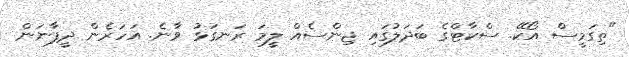
"ތިގަމީސް އޯކޭ. ސްކާޓްގެ ބަދަލުގައި ޖިންސެއް ލީމަ ރަނގަޅު ވާނެ. އަހަރެން ދީފާނަން